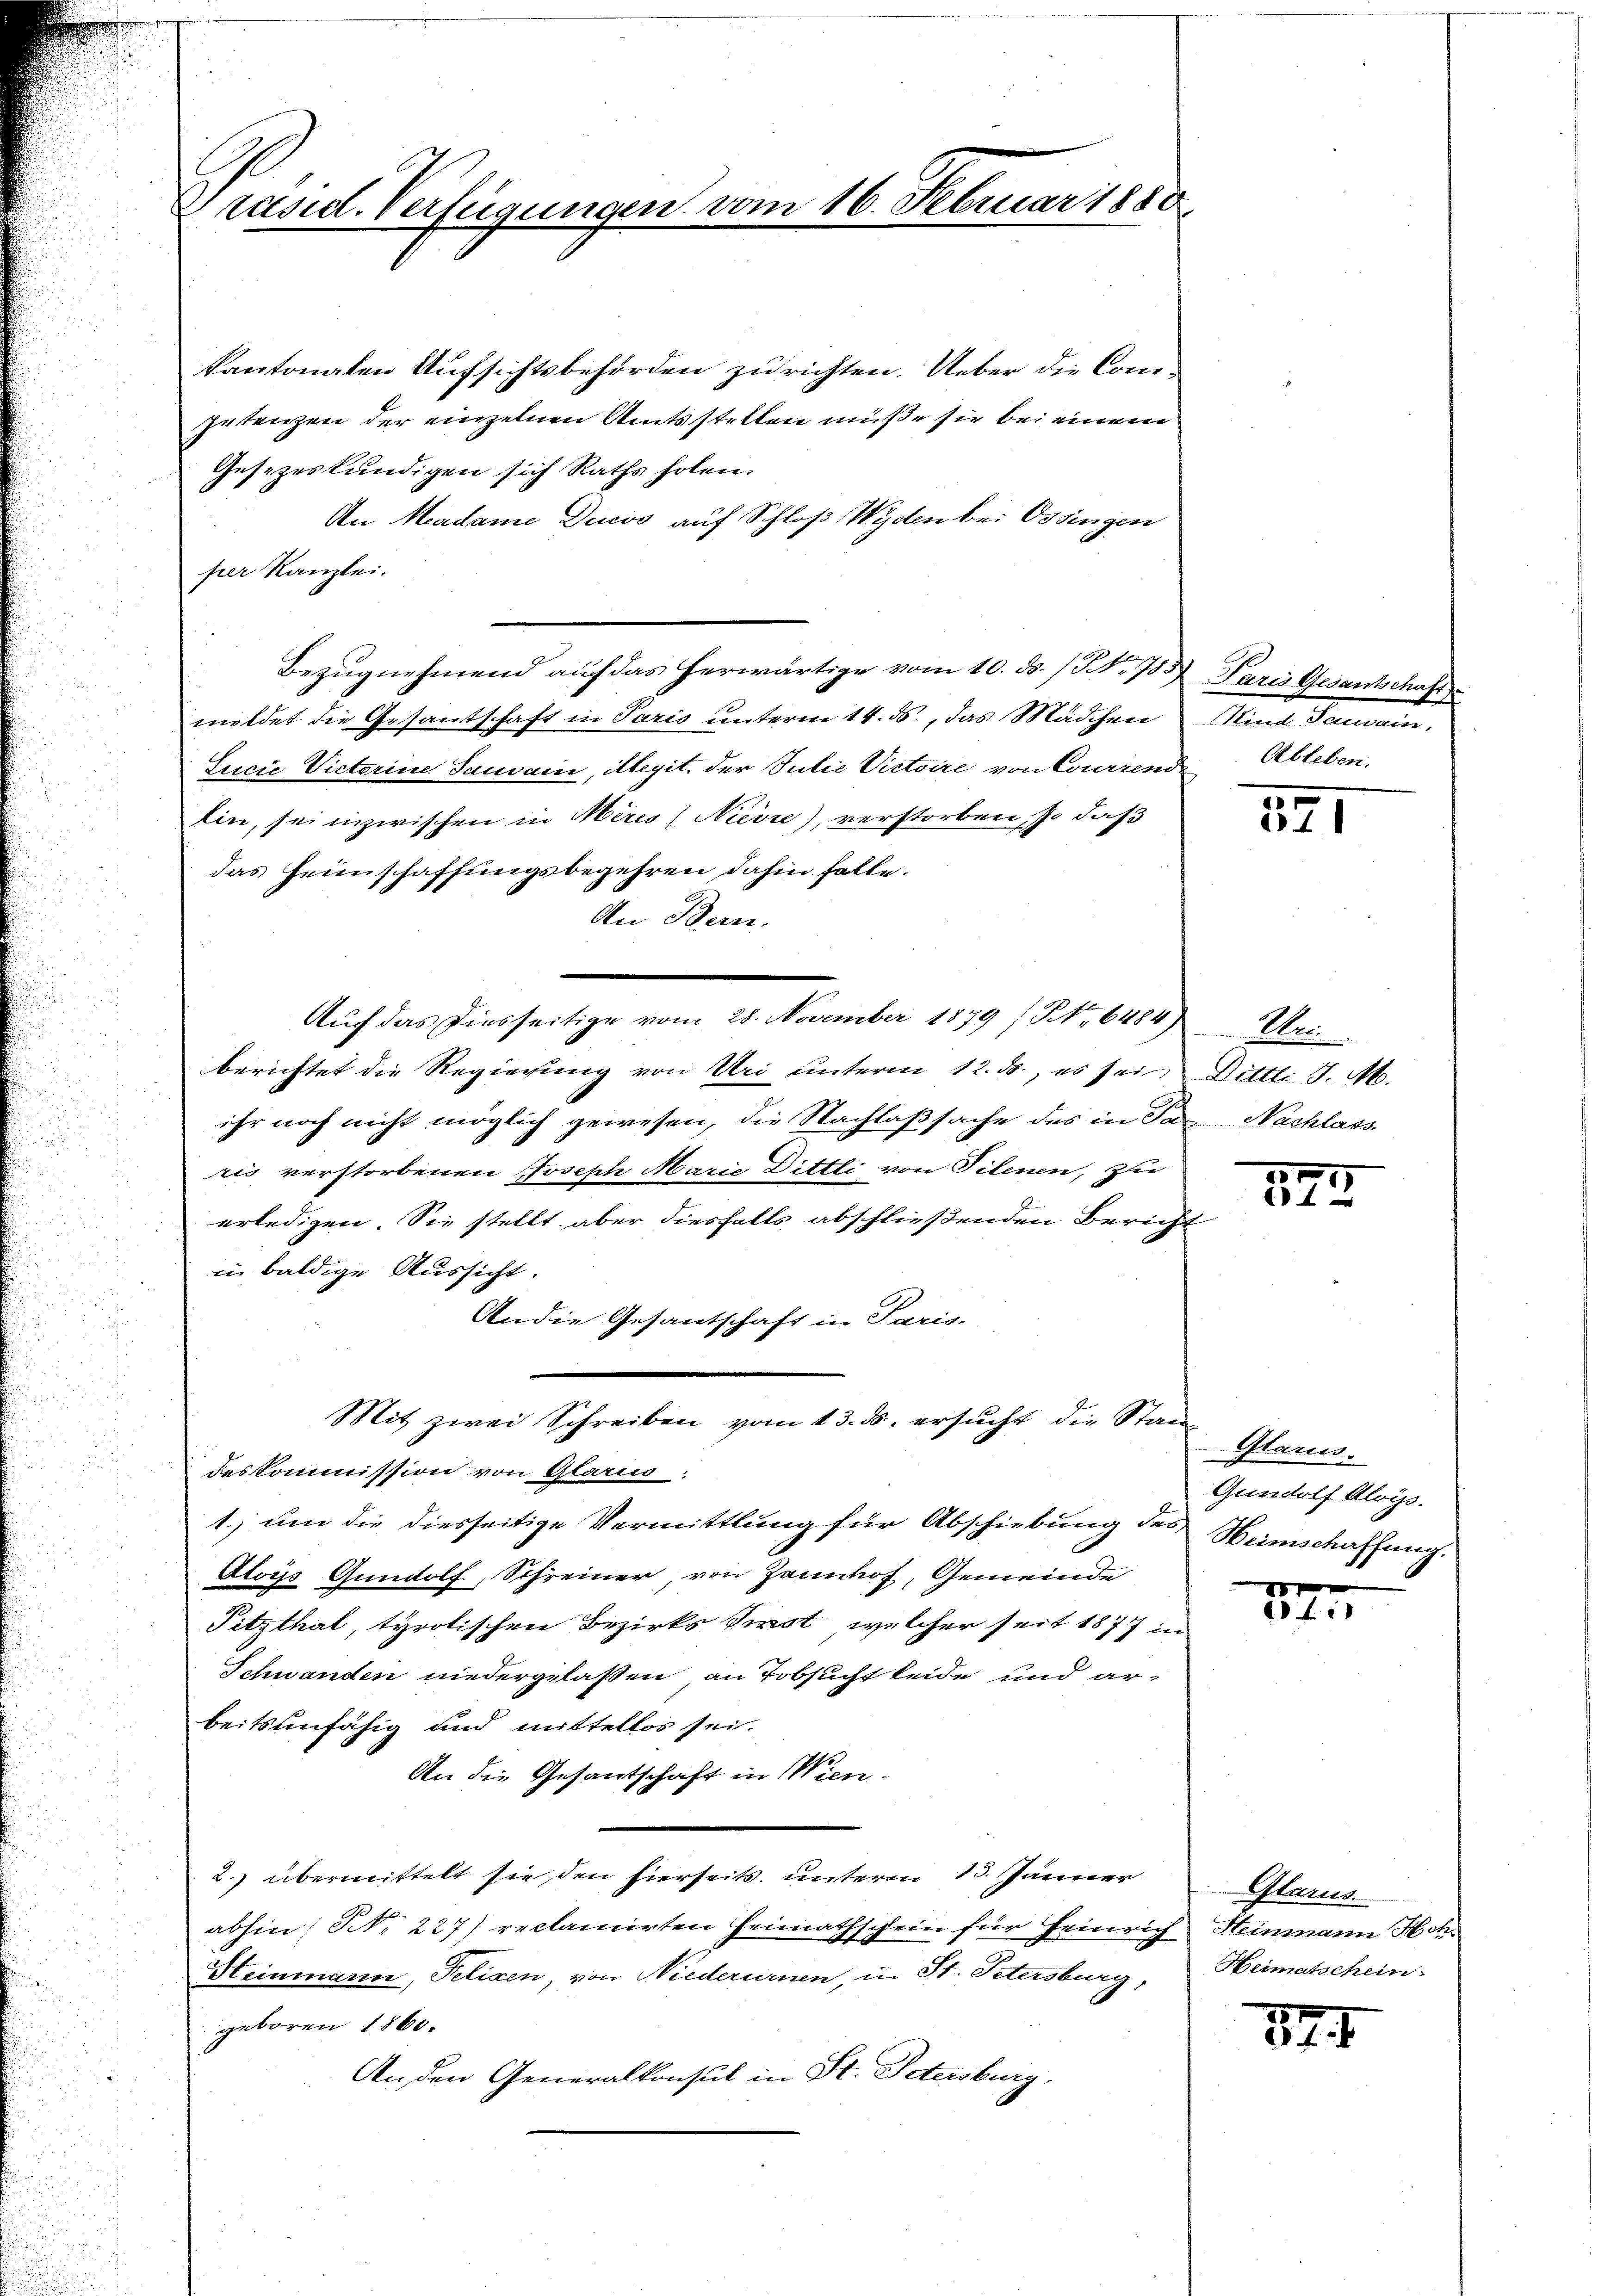
Präsid. Verfügungen vom 16. Februar 1880

kantonaten Aufsichtsbehörden zu richten. Ueber die Comgutenzen der einzelnen Amtsstellen müße sie bei einen
Gesezeskundigen sich Raths holen.
An Madame Decis auf Schloß Wyden bei Ossingen
per Kanzlei.
Bezugnehmend auf das herwärtige vom 10. ds. (NNo. 783 Paris Gesantschaft
meldet die Gesantschaft in Paris unterm 14. ds., das Mädchen
Sucić Victorine Sauvain, illegit. der Julii Victoire von Courirend Ableben.
Ein, sei inzwischen in Meres (Nievre), verstorben, so daß
das Heimschaffungsbegehren dahin falle.
An Bern.
berichtet die Regierung von Uri unterm 12. ds., es sei Dittli J. M.
ihr noch nicht möglich gewesen, die Nachlaßsache des in San Nachlass
ris verstorbenen Joseph Marie Dittli von Filenen, zu
erledigen. Sie stellt, aber diesfalls abschließenden Bericht
in baldige Aussicht.
Andie Gesantschaft in Paris.
Mit zwei Schreiben vom 13. ds. ersucht die Standeskommission von Glarus.
1. um die diesseitige Vermittlung für Abschiebung des
Aloys Gundolf, Schreiner, von Jannhof, Gemeinde
Pitzthal, tyrolischen Bezirks Kirst, welcher seit 1877 in
Schwanden niedergelassen, an Tobsucht beide und ar-
beitsunfähig und mittellos sei.
An die Gesantschaft in Wien.
2) übermittelt sie, den hierseits unterm 13. Jänner
t
abhin, N. 227) reclamirten Heimathschein für Heinrich Heinmann Hch.
Heinmann, Pelixen, von Niederurnen, in St. Petersburg,
geboren 1860.
An den Generalkonsul in St. Petersburg,

Auf das diesseitige vom 28. November 1879 No 6484) Uri

Mart. Sonnen.

171

572

Glarus.
Gundolf Aloiss.
Heimschaffung.

2
t

Glarus.
Heimatschein

874.